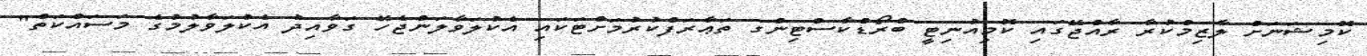
ކޮމިޝަނަށް ލާޒިމްކުރާ ރާއްޖޭގައި ކޮމިއުނިޓީ ބްރޯޑްކާސްޓިންގ ތަޢާރަފްކުރުމަށްޓަކައި އެކުލަވާލަންޖެހޭ ގަވާއިދު އެކުލަވާލުމުގެ މަސައްކަތް"